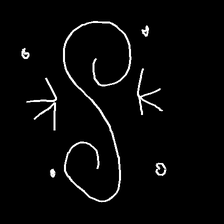
Glyph: aeroform